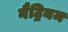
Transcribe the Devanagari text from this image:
नैट्रियम